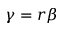
\gamma = r \beta